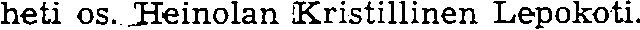
heti os. Heinolan Kristillinen Lepokoti.